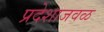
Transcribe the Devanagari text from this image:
प्रदेशाजवळ